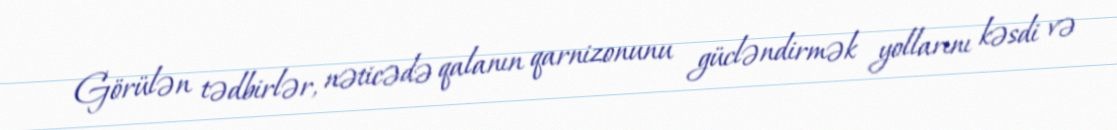
Görülən tədbirlər, nəticədə qalanın qarnizonunu gücləndirmək yollarını kəsdi və